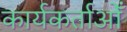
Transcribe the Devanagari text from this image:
कार्यकर्ताओँ